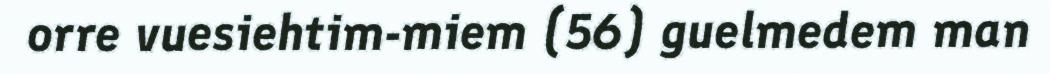
orre vuesiehtim-miem (56) guelmedem man